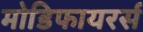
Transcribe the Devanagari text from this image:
मोडिफायरर्स